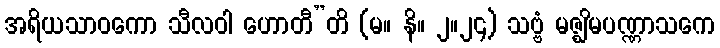
အရိယသာဝကော သီလဝါ ဟောတီ”တိ (မ။ နိ။ ၂။၂၄) သဗ္ဗံ မဇ္ဈိမပဏ္ဏာသကေ